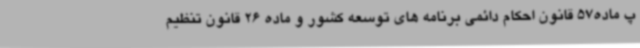
پ ماده57 قانون احکام دائمی برنامه های توسعه کشور و ماده 26 قانون تنظیم